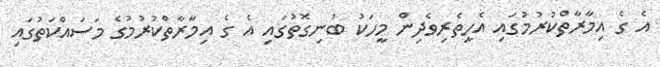
އެ ގެ އިމާރާތްކުރުމުގައި އެހީތެރިވެދިން މީހަކު ބުނިގޮތުގައި އެ ގެ އިމާރާތްކުރުމުގެ މަސައްކަތުގައި